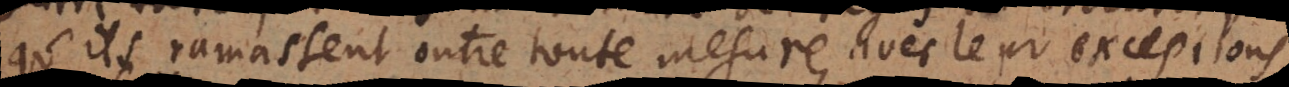
qu’ils ramassent outre toute mesure, avec leur exceptions